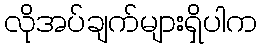
လိုအပ်ချက်များရှိပါက